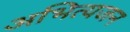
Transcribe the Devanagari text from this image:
अभित्यजन